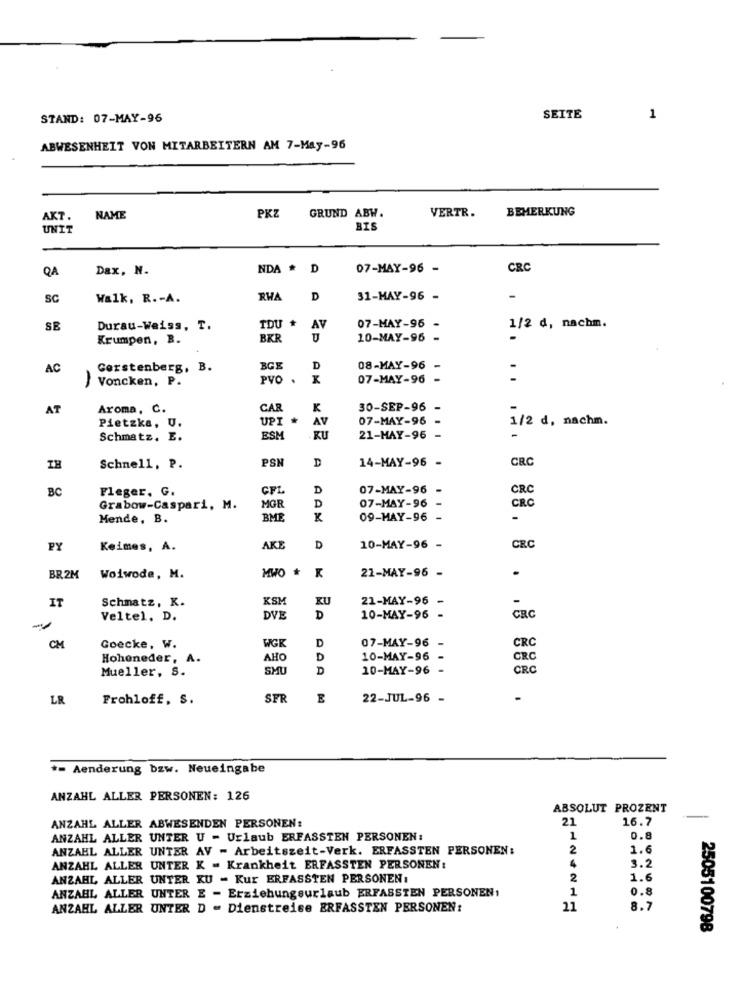
STAND: 07-MAY-96
SEITE
1
ABWESENHEIT VON MITARBEITERN AM 7-May-96
PKZ
BEMERKUNG
AKT.
NAME
GRUND ABW.
VERTR.
UNIT
BIS
QA
Dax, N.
NDA * D
07-MAY-96 -
CRC
SC
Walk, R .- A.
RWA
D
31-MAY-96 -
SE
Durau-Weiss, T.
TDU +
AV
07-MAY-96
1/2 d, nachm.
Krumpen, B.
BKR
10-MAY-96 -
-
AC
Gerstenberg, B.
BGE
D
08-MAY-96 -
-
) Voncken, P.
PVO .
x
07-MAY-96 -
AT
Aroma, C.
CAR
K
30-SEP-96 -
Pietzka, U.
UPI *
AV
07-MAY-96
1/2 d, nachm.
Schmatz, E.
ESM
KU
21-MAY-96 -
-
PSN
D
14-MAY-96 -
CRC
Schnell, P.
BC
Fleger. G.
CFL
D
07-MAY-96
CRC
07-MAY-96 -
Grabow-Caspari, M.
MGR
D
CRC
Mende, B.
BME
K
09-MAY-96 -
-
PY
Keimes, A.
AKE
D
10-MAY-96 -
CRC
MWO #
21-MAY-96 -
.
BR2M
Woiwode, M.
IT
Schmatz, K.
KSM
KU
21-MAY-96
Veltel. D.
DVE
D
10-MAY-96 -
CRC
-
WGK
D
07-MAY-96
CM
Goecke, W.
CRC
Hoheneder, A.
AHO
D
10-MAY-96 -
CRC
Mueller, s.
SMU
D
10-MAY-96 -
CRC
LR
Frohloff, s.
SFR
22-JUL-96 -
-
*= Aenderung bzw. Neueingabe
ANZAHL ALLER PERSONEN: 126
ABSOLUT PROZENT
21
16.7
ANZAHL ALLER ABWESENDEN PERSONEN:
ANZAHL ALLER UNTER U - Urlaub ERFASSTEN PERSONEN:
1
0.8
ANZAHL ALLER UNTER AV - Arbeitszeit-Verk. ERFASSTEN PERSONEN:
2
1.6
ANZAHL ALLER UNTER K - Krankheit ERFASSTEN PERSONEN :
3.2
ANZAHL ALLER UNTER KU - Kur ERFASSTEN PERSONEN:
2
1.6
ANZAHL ALLER UNTER E - Erziehungsurlaub ERFASSTEN PERSONEN:
1
0.8
ANZAHL ALLER UNTER D - Dienstreise ERFASSTEN PERSONEN:
21
8.7
2505100798